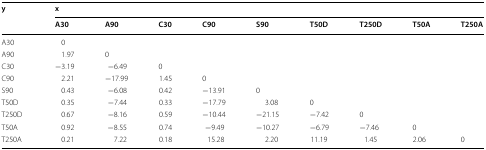
<table><thead><tr><td rowspan="2"><b>y</b></td><td colspan="9"><b>x</b></td></tr><tr><td><b>A30</b></td><td><b>A90</b></td><td><b>C30</b></td><td><b>C90</b></td><td><b>S90</b></td><td><b>T50D</b></td><td><b>T250D</b></td><td><b>T50A</b></td><td><b>T250A</b></td></tr></thead><tbody><tr><td>A30</td><td>0</td><td>[EMPTY_CELL]</td><td>[EMPTY_CELL]</td><td>[EMPTY_CELL]</td><td>[EMPTY_CELL]</td><td>[EMPTY_CELL]</td><td>[EMPTY_CELL]</td><td>[EMPTY_CELL]</td><td>[EMPTY_CELL]</td></tr><tr><td>A90</td><td>1.97</td><td>0</td><td>[EMPTY_CELL]</td><td>[EMPTY_CELL]</td><td>[EMPTY_CELL]</td><td>[EMPTY_CELL]</td><td>[EMPTY_CELL]</td><td>[EMPTY_CELL]</td><td>[EMPTY_CELL]</td></tr><tr><td>C30</td><td>−3.19</td><td>−6.49</td><td>0</td><td>[EMPTY_CELL]</td><td>[EMPTY_CELL]</td><td>[EMPTY_CELL]</td><td>[EMPTY_CELL]</td><td>[EMPTY_CELL]</td><td>[EMPTY_CELL]</td></tr><tr><td>C90</td><td>2.21</td><td>−17.99</td><td>1.45</td><td>0</td><td>[EMPTY_CELL]</td><td>[EMPTY_CELL]</td><td>[EMPTY_CELL]</td><td>[EMPTY_CELL]</td><td>[EMPTY_CELL]</td></tr><tr><td>S90</td><td>0.43</td><td>−6.08</td><td>0.42</td><td>−13.91</td><td>0</td><td>[EMPTY_CELL]</td><td>[EMPTY_CELL]</td><td>[EMPTY_CELL]</td><td>[EMPTY_CELL]</td></tr><tr><td>T50D</td><td>0.35</td><td>−7.44</td><td>0.33</td><td>−17.79</td><td>3.08</td><td>0</td><td>[EMPTY_CELL]</td><td>[EMPTY_CELL]</td><td>[EMPTY_CELL]</td></tr><tr><td>T250D</td><td>0.67</td><td>−8.16</td><td>0.59</td><td>−10.44</td><td>−21.15</td><td>−7.42</td><td>0</td><td>[EMPTY_CELL]</td><td>[EMPTY_CELL]</td></tr><tr><td>T50A</td><td>0.92</td><td>−8.55</td><td>0.74</td><td>−9.49</td><td>−10.27</td><td>−6.79</td><td>−7.46</td><td>0</td><td>[EMPTY_CELL]</td></tr><tr><td>T250A</td><td>0.21</td><td>7.22</td><td>0.18</td><td>15.28</td><td>2.20</td><td>11.19</td><td>1.45</td><td>2.06</td><td>0</td></tr></tbody></table>